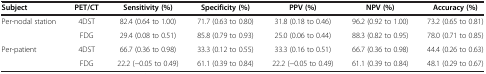
| Subject | PET/CT | Sensitivity (%) | Specificity (%) | PPV (%) | NPV (%) | Accuracy (%) |
 | --- | --- | --- | --- | --- | --- | --- |
 | <ROWSPAN=2> Per-nodal station | 4DST | 82.4 (0.64 to 1.00) | 71.7 (0.63 to 0.80) | 31.8 (0.18 to 0.46) | 96.2 (0.92 to 1.00) | 73.2 (0.65 to 0.81) |
 | FDG | 29.4 (0.08 to 0.51) | 85.8 (0.79 to 0.93) | 25.0 (0.06 to 0.44) | 88.3 (0.82 to 0.95) | 78.0 (0.71 to 0.85) |
 | <ROWSPAN=2> Per-patient | 4DST | 66.7 (0.36 to 0.98) | 33.3 (0.12 to 0.55) | 33.3 (0.16 to 0.51) | 66.7 (0.36 to 0.98) | 44.4 (0.26 to 0.63) |
 | FDG | 22.2 (−0.05 to 0.49) | 61.1 (0.39 to 0.84) | 22.2 (−0.05 to 0.49) | 61.1 (0.39 to 0.84) | 48.1 (0.29 to 0.67) |